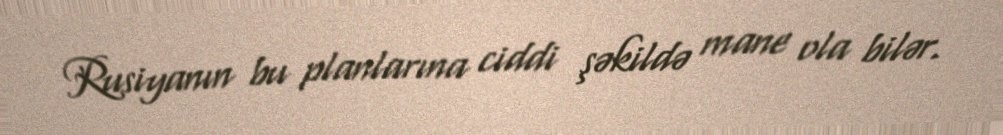
Rusiyanın bu planlarına ciddi şəkildə mane ola bilər.